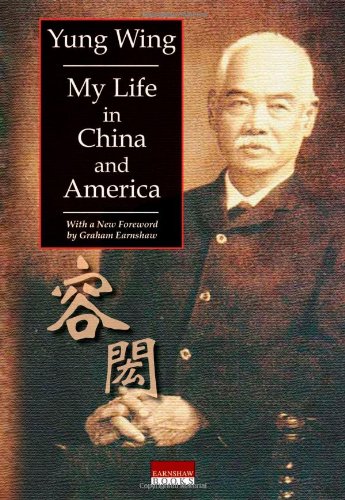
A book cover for My Life in China and America; Yung Wing; Travel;